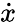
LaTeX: \dot{x}